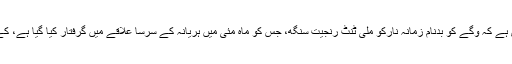
این آئی اے کا دعویٰ ہے کہ وگے کو بدنام زمانہ نارکو ملی ٹنٹ رنجیت سنگھ، جس کو ماہ مئی میں ہریانہ کے سرسا علاقے میں گرفتار کیا گیا ہے، کے ساتھ تعلقات تھے۔